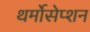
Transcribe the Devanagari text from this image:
थर्मोसेप्शन